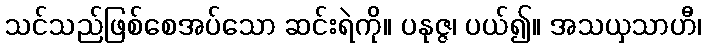
သင်သည်ဖြစ်စေအပ်သော ဆင်းရဲကို။ ပနုဇ္ဇ၊ ပယ်၍။ အသယှသာဟီ၊